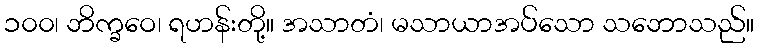
၁၀၀၊ ဘိက္ခဝေ၊ ရဟန်းတို့။ အသာတံ၊ မသာယာအပ်သော သဘောသည်။